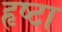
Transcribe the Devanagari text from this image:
हृष्टा